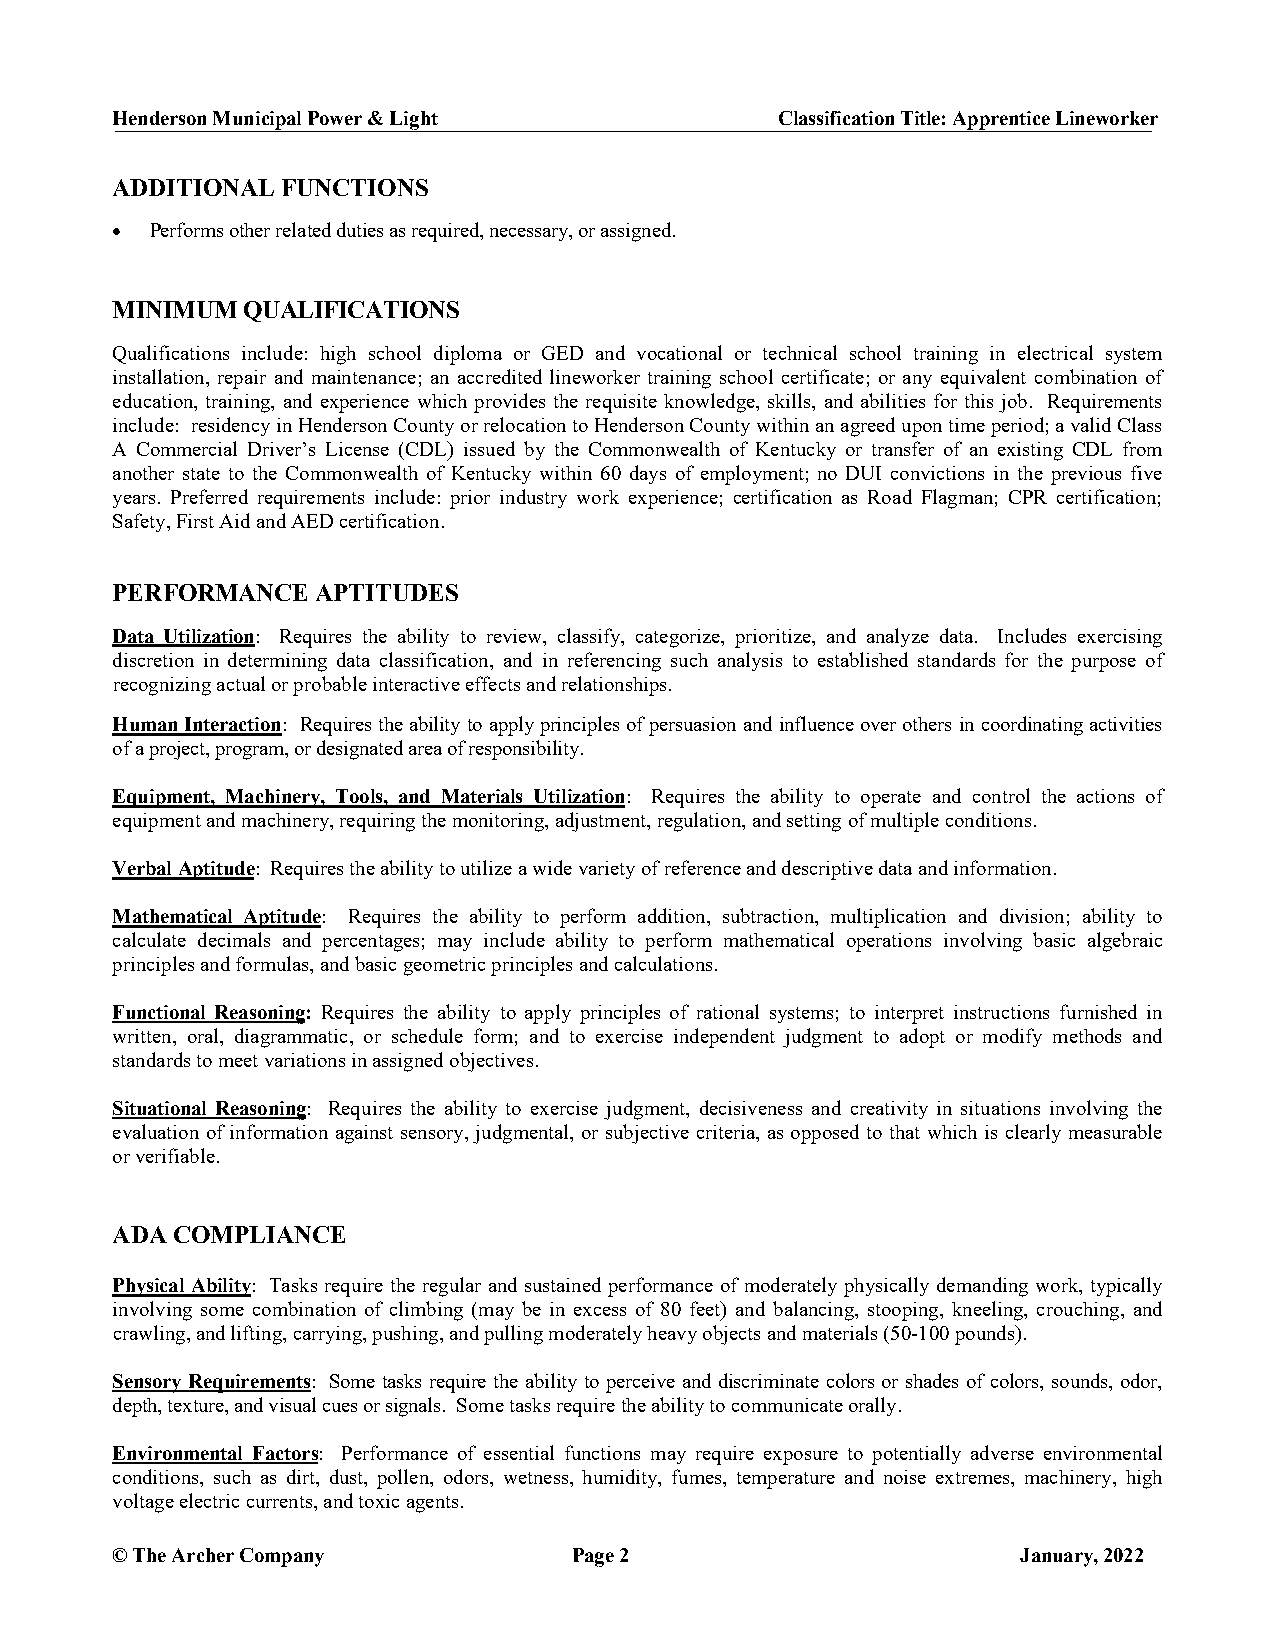
Henderson Municipal Power & Light           Classification Title: Apprentice Lineworker
 ADDITIONAL  FUNCTIONS
 •  Performs other related duties as required, necessary, or assigned.
 MINIMUM  QUALIFICATIONS
 Qualifications include: high school diploma or GED and vocational or technical school training in electrical system
 installation, repair and maintenance; an accredited lineworker training school certificate; or any equivalent combination of
 education, training, and experience which provides the requisite knowledge, skills, and abilities for this job. Requirements
 include: residency in Henderson County or relocation to Henderson County within an agreed upon time period; a valid Class
 A Commercial Driver’s License (CDL) issued by the Commonwealth of Kentucky or transfer of an existing CDL from
 another state to the Commonwealth of Kentucky within 60 days of employment; no DUI convictions in the previous five
 years. Preferred requirements include: prior industry work experience; certification as Road Flagman; CPR certification;
 Safety, First Aid and AED certification.
 PERFORMANCE   APTITUDES
 Data Utilization: Requires the ability to review, classify, categorize, prioritize, and analyze data. Includes exercising
 discretion in determining data classification, and in referencing such analysis to established standards for the purpose of
 recognizing actual or probable interactive effects and relationships.
 Human Interaction: Requires the ability to apply principles of persuasion and influence over others in coordinating activities
 of a project, program, or designated area of responsibility.
 Equipment, Machinery, Tools, and Materials Utilization: Requires the ability to operate and control the actions of
 equipment and machinery, requiring the monitoring, adjustment, regulation, and setting of multiple conditions.
 Verbal Aptitude: Requires the ability to utilize a wide variety of reference and descriptive data and information.
 Mathematical Aptitude: Requires the ability to perform addition, subtraction, multiplication and division; ability to
 calculate decimals and percentages; may include ability to perform mathematical operations involving basic algebraic
 principles and formulas, and basic geometric principles and calculations.
 Functional Reasoning: Requires the ability to apply principles of rational systems; to interpret instructions furnished in
 written, oral, diagrammatic, or schedule form; and to exercise independent judgment to adopt or modify methods and
 standards to meet variations in assigned objectives.
 Situational Reasoning: Requires the ability to exercise judgment, decisiveness and creativity in situations involving the
 evaluation of information against sensory, judgmental, or subjective criteria, as opposed to that which is clearly measurable
 or verifiable.
 ADA COMPLIANCE
 Physical Ability: Tasks require the regular and sustained performance of moderately physically demanding work, typically
 involving some combination of climbing (may be in excess of 80 feet) and balancing, stooping, kneeling, crouching, and
 crawling, and lifting, carrying, pushing, and pulling moderately heavy objects and materials (50-100 pounds).
 Sensory Requirements: Some tasks require the ability to perceive and discriminate colors or shades of colors, sounds, odor,
 depth, texture, and visual cues or signals. Some tasks require the ability to communicate orally.
 Environmental Factors: Performance of essential functions may require exposure to potentially adverse environmental
 conditions, such as dirt, dust, pollen, odors, wetness, humidity, fumes, temperature and noise extremes, machinery, high
 voltage electric currents, and toxic agents.
 © The Archer Company           Page 2                        January, 2022